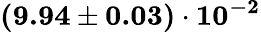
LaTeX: \mathbf{(9.94\pm 0.03)\cdot 10^{-2}}